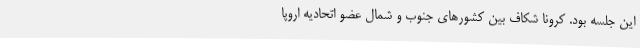
این جلسه بود. کرونا شکاف بین کشورهای جنوب و شمال عضو اتحادیه اروپا